Vaccine operations Central Provinces 1868-1885 - 1868-1885
Year: 1868
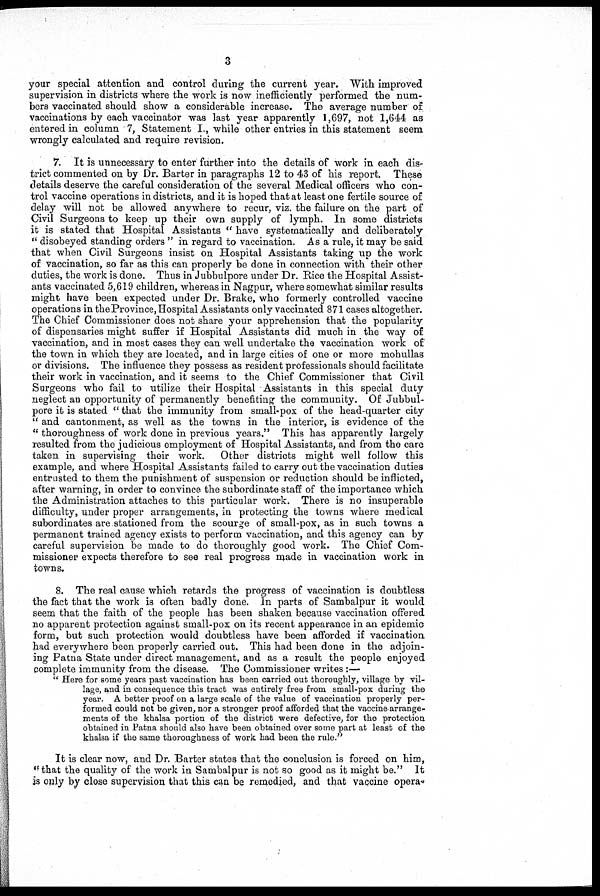
3
your special attention and control during the current year. With improved
supervision in districts where the work is now inefficiently performed the num-
bers vaccinated should show a considerable increase. The average number of
vaccinations by each vaccinator was last year apparently 1,697, not 1,644 as
entered in column 7, Statement I., while other entries in this statement seem
wrongly calculated and require revision.
7. It is unnecessary to enter further into the details of work in each dis-
trict commented on by Dr. Barter in paragraphs 12 to 43 of his report. These
details deserve the careful consideration of the several Medical officers who con-
trol vaccine operations in districts, and it is hoped that at least one fertile source of
delay will not be allowed anywhere to recur, viz. the failure on the part of
Civil Surgeons to keep up their own supply of lymph. In some districts
it is stated that Hospital Assistants " have systematically and deliberately
" disobeyed standing orders " in regard to vaccination. As a rule, it may be said
that when Civil Surgeons insist on Hospital Assistants taking up the work
of vaccination, so far as this can properly be done in connection with their other
duties, the work is done. Thus in Jubbulpore under Dr. Rice the Hospital Assist-
ants vaccinated 5,619 children, whereas in Nagpur, where somewhat similar results
might have been expected under Dr. Brake, who formerly controlled vaccine
operations in the Province, Hospital Assistants only vaccinated 871 cases altogether.
The Chief Commissioner does not share your apprehension that the popularity
of dispensaries might suffer if Hospital Assistants did much in the way of
vaccination, and in most cases they can well undertake the vaccination work of
the town in which they are located, and in large cities of one or more mohullas
or divisions. The influence they possess as resident professionals should facilitate
their work in vaccination, and it seems to the Chief Commissioner that Civil
Surgeons who fail to utilize their Hospital Assistants in this special duty
neglect an opportunity of permanently benefiting the community. Of Jubbul-
pore it is stated " that the immunity from small-pox of the head-quarter city
" and cantonment, as well as the towns in the interior, is evidence of the
" thoroughness of work done in previous years." This has apparently largely
resulted from the judicious employment of Hospital Assistants, and from the care
taken in supervising their work. Other districts might well follow this
example, and where Hospital Assistants failed to carry out the vaccination duties
entrusted to them the punishment of suspension or reduction should be inflicted,
after warning, in order to convince the subordinate staff of the importance which
the Administration attaches to this particular work. There is no insuperable
difficulty, under proper arrangements, in protecting the towns where medical
subordinates are stationed from the scourge of small-pox, as in such towns a
permanent trained agency exists to perform vaccination, and this agency can by
careful supervision be made to do thoroughly good work. The Chief Com-
missioner expects therefore to see real progress made in vaccination work in
towns.
8. The real cause which retards the progress of vaccination is doubtless
the fact that the work is often badly done. In parts of Sambalpur it would
seem that the faith of the people has been shaken because vaccination offered
no apparent protection against small-pox on its recent appearance in an epidemic
form, but such protection would doubtless have been afforded if vaccination
had everywhere been properly carried out. This had been done in the adjoin-
ing Patna State under direct management, and as a result the people enjoyed
complete immunity from the disease. The Commissioner writes:—
" Here for some years past vaccination has been carried out thoroughly, village by vil-
lage, and in consequence this tract was entirely free from small-pox during the
year. A better proof on a large scale of the value of vaccination properly per-
formed could not be given, nor a stronger proof afforded that the vaccine arrange-
ments of the khalsa portion of the district were defective, for the protection
obtained in Patna should also have been obtained over some part at least of the
khalsa if the same thoroughness of work had been the rule."
It is clear now, and Dr. Barter states that the conclusion is forced on him,
"that the quality of the work in Sambalpur is not so good as it might be." It
is only by close supervision that this can be remedied, and that vaccine opera-